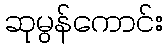
ဆုမွန်ကောင်း